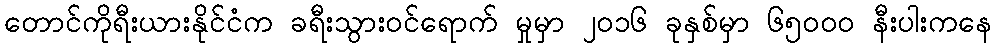
တောင်ကိုရီးယားနိုင်ငံက ခရီးသွားဝင်ရောက် မှုမှာ ၂၀၁၆ ခုနှစ်မှာ ၆၅၀၀၀ နီးပါးကနေ